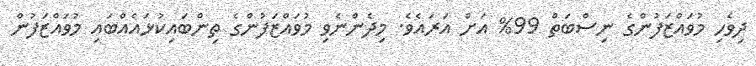
ދިވެހި މުވައްޒަފުންގެ ނިސްބަތް 99% އަށް އަރައެވެ. މިދެންނެވި މުވައްޒަފުންގެ ތިންބައިކުޅައެއްބައި މުވައްޒަފުން